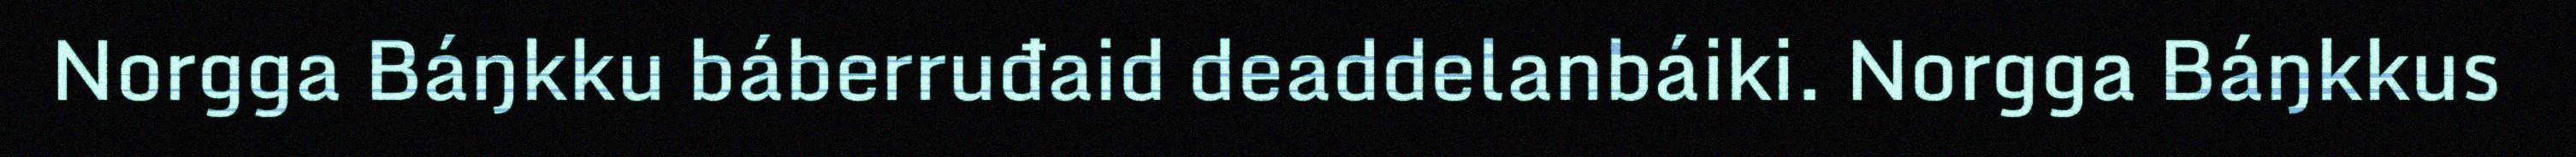
Norgga Báŋkku báberruđaid deaddelanbáiki. Norgga Báŋkkus